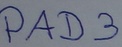
Text: PAD3